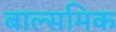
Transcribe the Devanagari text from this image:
बाल्समिक